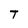
Character: T